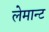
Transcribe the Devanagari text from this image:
लेमान्ट